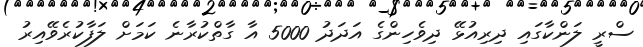
ސްރީ ލަންކާގައި ދިރިއުޅޭ ދިވެހިންގެ އަދަދު 5000 އާ ގާތްކުރާނެ ކަމަށް ލަފާކުރެވޭއިރު